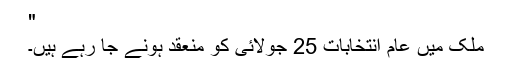
"
ملک میں عام انتخابات 25 جولائی کو منعقد ہونے جا رہے ہیں۔